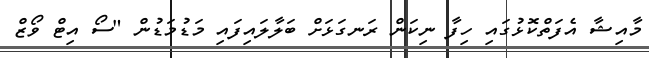
މާއިޝާ އެފަތްކޮޅުގައި ހިފާ ނިކަން ރަނގަޅަށް ބަލާލައިފައި މަޑުމަޑުން "ސޯ އިޓް ވޯޒް